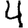
Digit: 4